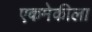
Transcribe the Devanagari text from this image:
एकमेकीला